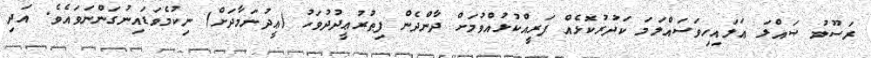
ރަސޫލު ޞައްލަ ޢަލައިހިވަސައްލަމަ ކަދުރުކޮޅެއް ފަރީއްކުޅުއްވުމަށް ދާންދެން ފިޠުރުޢީދުދުވަހު (ޢީދުނަމާދަށް) ނިކުމެވަޑައިނުގަންނަވައެވެ. އަދި